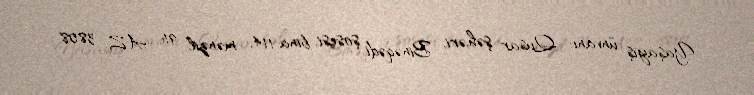
Yaşayış ünvanı: Qusar şəhəri, Binəqədi şosesi, bina 114, mənzil 91, AZ 3808